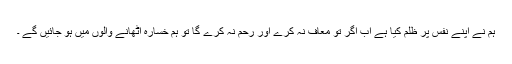
ہم نے اپنے نفس پر ظلم کیا ہے اب اگر تو معاف نہ کرے اور رحم نہ کرے گا تو ہم خسارہ اٹھانے والوں میں ہو جائیں گے ۔